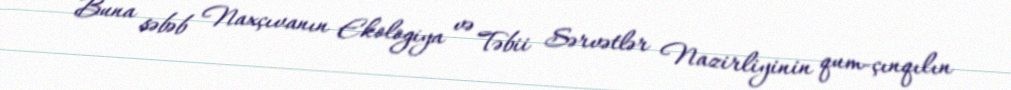
Buna səbəb Naxçıvanın Ekologiya və Təbii Sərvətlər Nazirliyinin qum-çınqılın